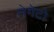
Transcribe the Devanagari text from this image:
लेगेटो